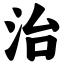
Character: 治